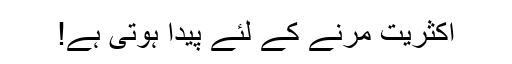
اکثریت مرنے کے لئے پیدا ہوتی ہے!